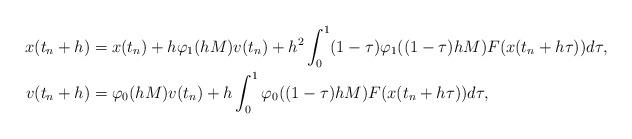
LaTeX: \begin{align*}\begin{aligned}x(t_n+h)&=x(t_n) +h\varphi_1( hM ) v(t_n)+h^2\int_{0}^1(1-\tau) \varphi_1((1-\tau) hM ) F(x(t_n+h\tau))d\tau,\\v(t_n+h)&=\varphi_{0}( hM )v(t_n)+h\int_{0}^1 \varphi_{0}((1-\tau) hM ) F(x(t_n+h\tau)) d\tau,\end{aligned}\end{align*}